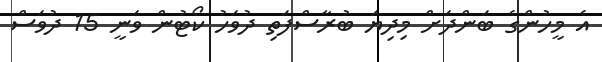
އެ މީހުންގެ ބަންދަށް މިދިޔަ ބުރާސްފަތި ދުވަހު ކޯޓުން ވަނީ 15 ދުވަސް